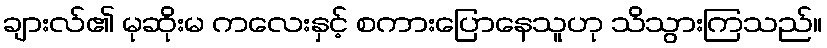
ချားလ်၏ မုဆိုးမ ကလေးနှင့် စကားပြောနေသူဟု သိသွားကြသည်။